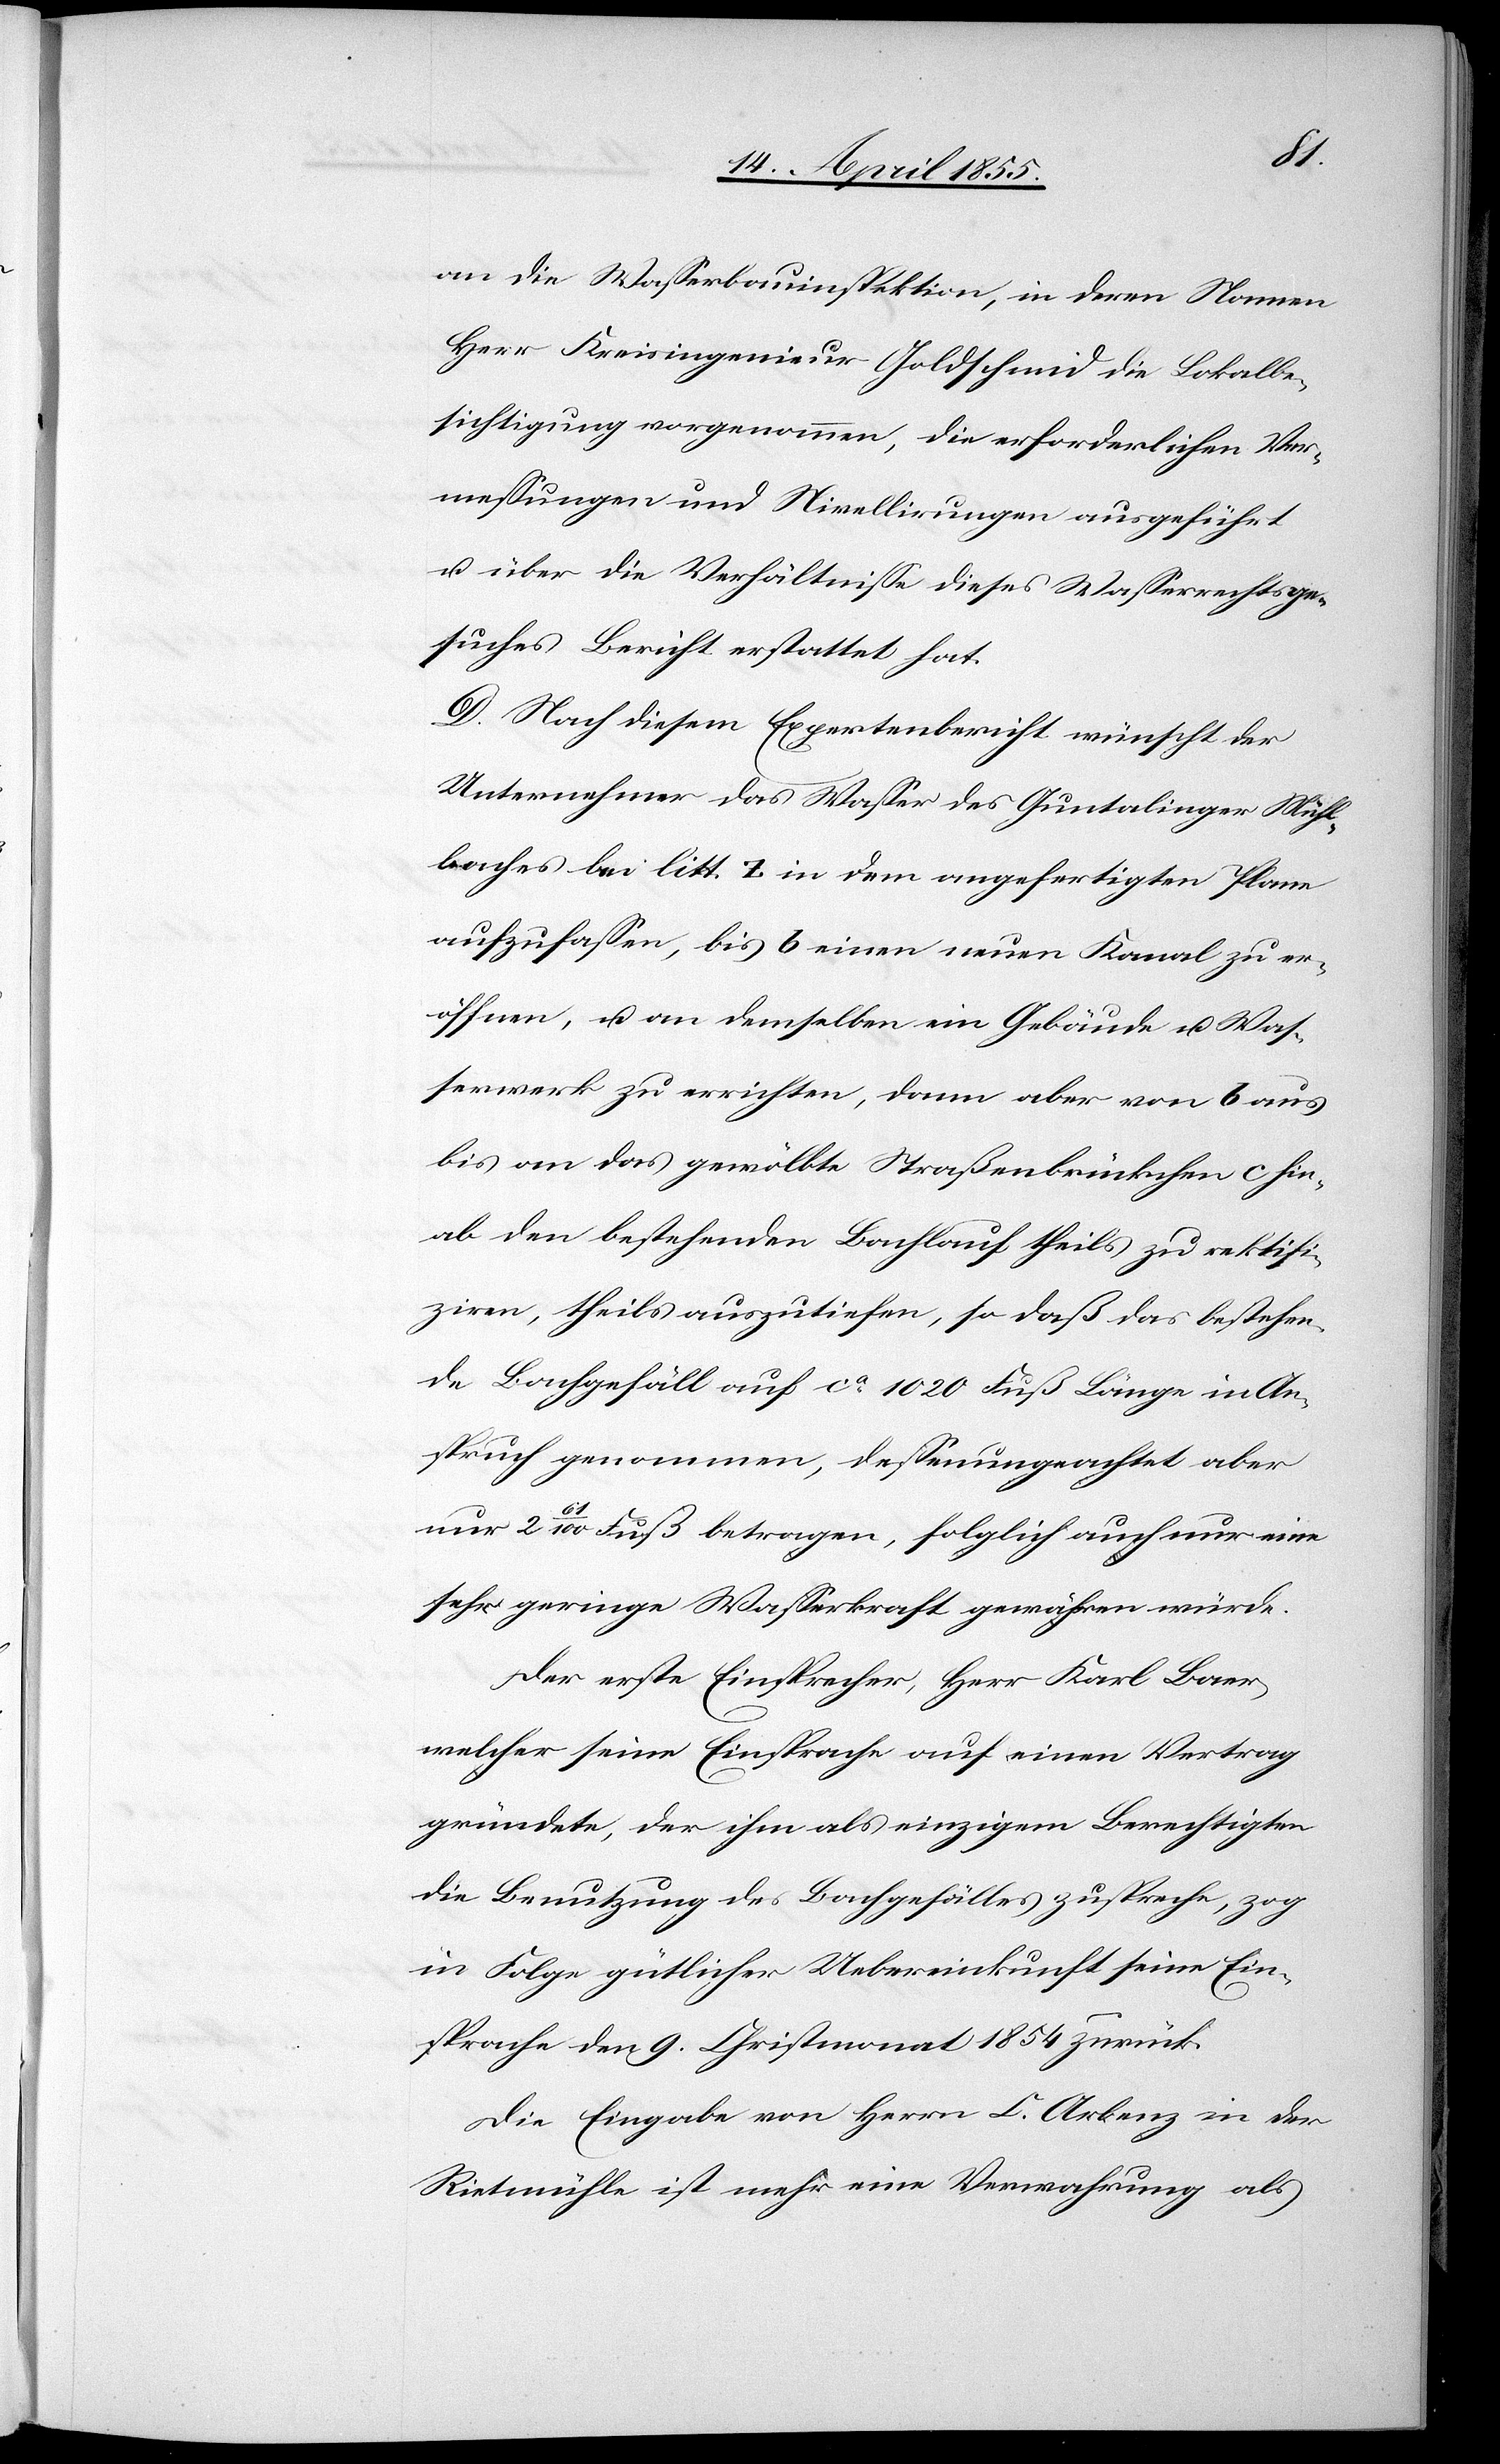
an die Wasserbauinspektion, in deren Namen
Herr Kreisingenieur Goldschmid die Lokalbe¬
sichtigung vorgenommen, die erforderlichen Ver¬
messungen und Nivellirungen ausgeführt
u. über die Verhältnisse dieses Wasserrechtsge¬
suches Bericht erstattet hat.
D. Nach diesem Expertenbericht wünscht der
Unternehmer das Wasser des Guntalinger Mühl¬
baches bei litt. z in dem angefertigten Plane
aufzufassen, bis b einen neuen Kanal zu er¬
öffnen, u. an demselben ein Gebäude u. Was¬
serwerk zu errichten, dann aber von b aus
bis an das gewölbte Straßenbrückchen c hin¬
ab den bestehenden Bachlauf theils zu rektifi¬
ziren, theils auszutiefen, so daß das bestehen¬
de Bachgefäll auf ca. 1020 Fuß Länge in An¬
spruch genommen, dessenungeachtet aber
nur 2 61/100 Fuß betragen, folglich auch nur eine
sehr geringe Wasserkraft gewähren würde.
Der erste Einsprecher, Herr Karl Baer,
welcher seine Einsprache auf einen Vertrag
gründete, der ihm als einzigem Berechtigten
die Benutzung des Bachgefälles zuspreche, zog
in Folge gütlicher Uebereinkunft seine Ein¬
sprache den 9. Christmonat 1854 zurück.
Die Eingabe von Herrn C. Arbenz in der
Rietmühle ist mehr eine Verwahrung als